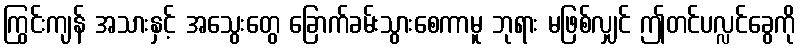
ကြွင်းကျန် အသားနှင့် အသွေးတွေ ခြောက်ခမ်းသွားစေကာမူ ဘုရား မဖြစ်လျှင် ဤတင်ပလ္လင်ခွေကို